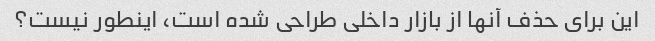
این برای حذف آنها از بازار داخلی طراحی شده است، اینطور نیست؟